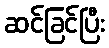
ဆင်ခြင်ပြီး